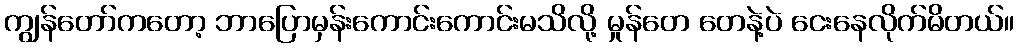
ကျွန်တော်ကတော့ ဘာပြောမှန်းကောင်းကောင်းမသိလို့ မှုန်တေ တေနဲ့ပဲ ငေးနေလိုက်မိတယ်။